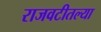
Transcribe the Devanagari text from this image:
राजवटीतल्या